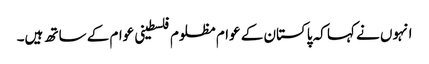
انہوں نے کہا کہ پاکستان کے عوام مظلوم فلسطینی عوام کے ساتھ ہیں۔